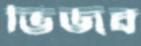
ভিজব